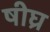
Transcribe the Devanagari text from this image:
षीघ्र